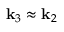
{ \bf k } _ { 3 } \approx { \bf k } _ { 2 }